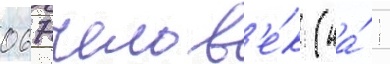
067 челов'е́к (на́ 1